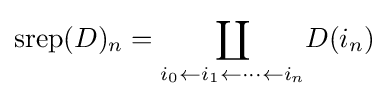
{\text{srep}}(D)_{n}={\underset {i_{0}\leftarrow i_{1}\leftarrow \cdots \leftarrow i_{n}}{\coprod }}D(i_{n})